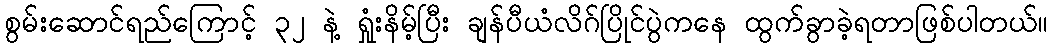
စွမ်းဆောင်ရည်ကြောင့် ၃၂ နဲ့ ရှုံးနိမ့်ပြီး ချန်ပီယံလိဂ်ပြိုင်ပွဲကနေ ထွက်ခွာခဲ့ရတာဖြစ်ပါတယ်။